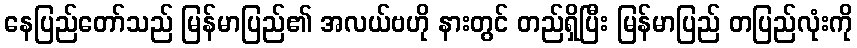
နေပြည်တော်သည် မြန်မာပြည်၏ အလယ်ဗဟို နားတွင် တည်ရှိပြီး မြန်မာပြည် တပြည်လုံးကို